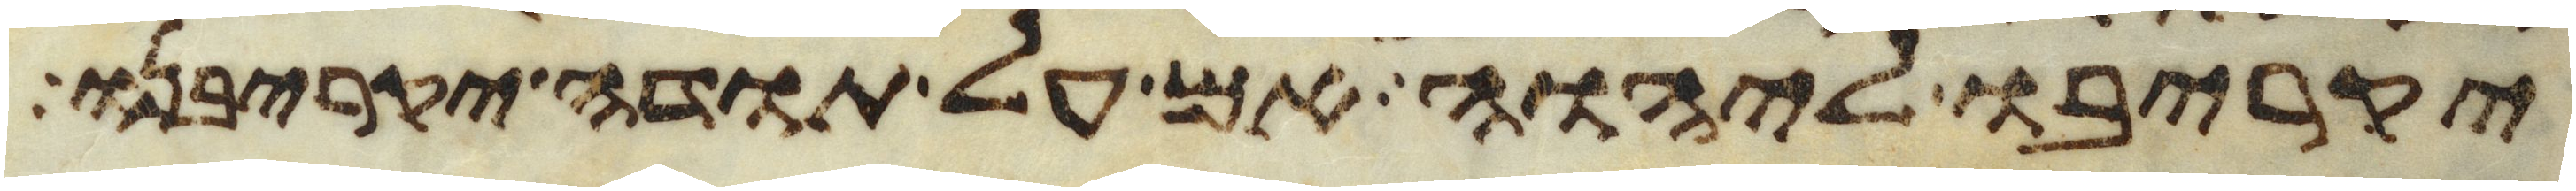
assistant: יקריבו ליהוה אם על תודה יקריבנו